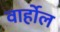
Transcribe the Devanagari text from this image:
वार्होल